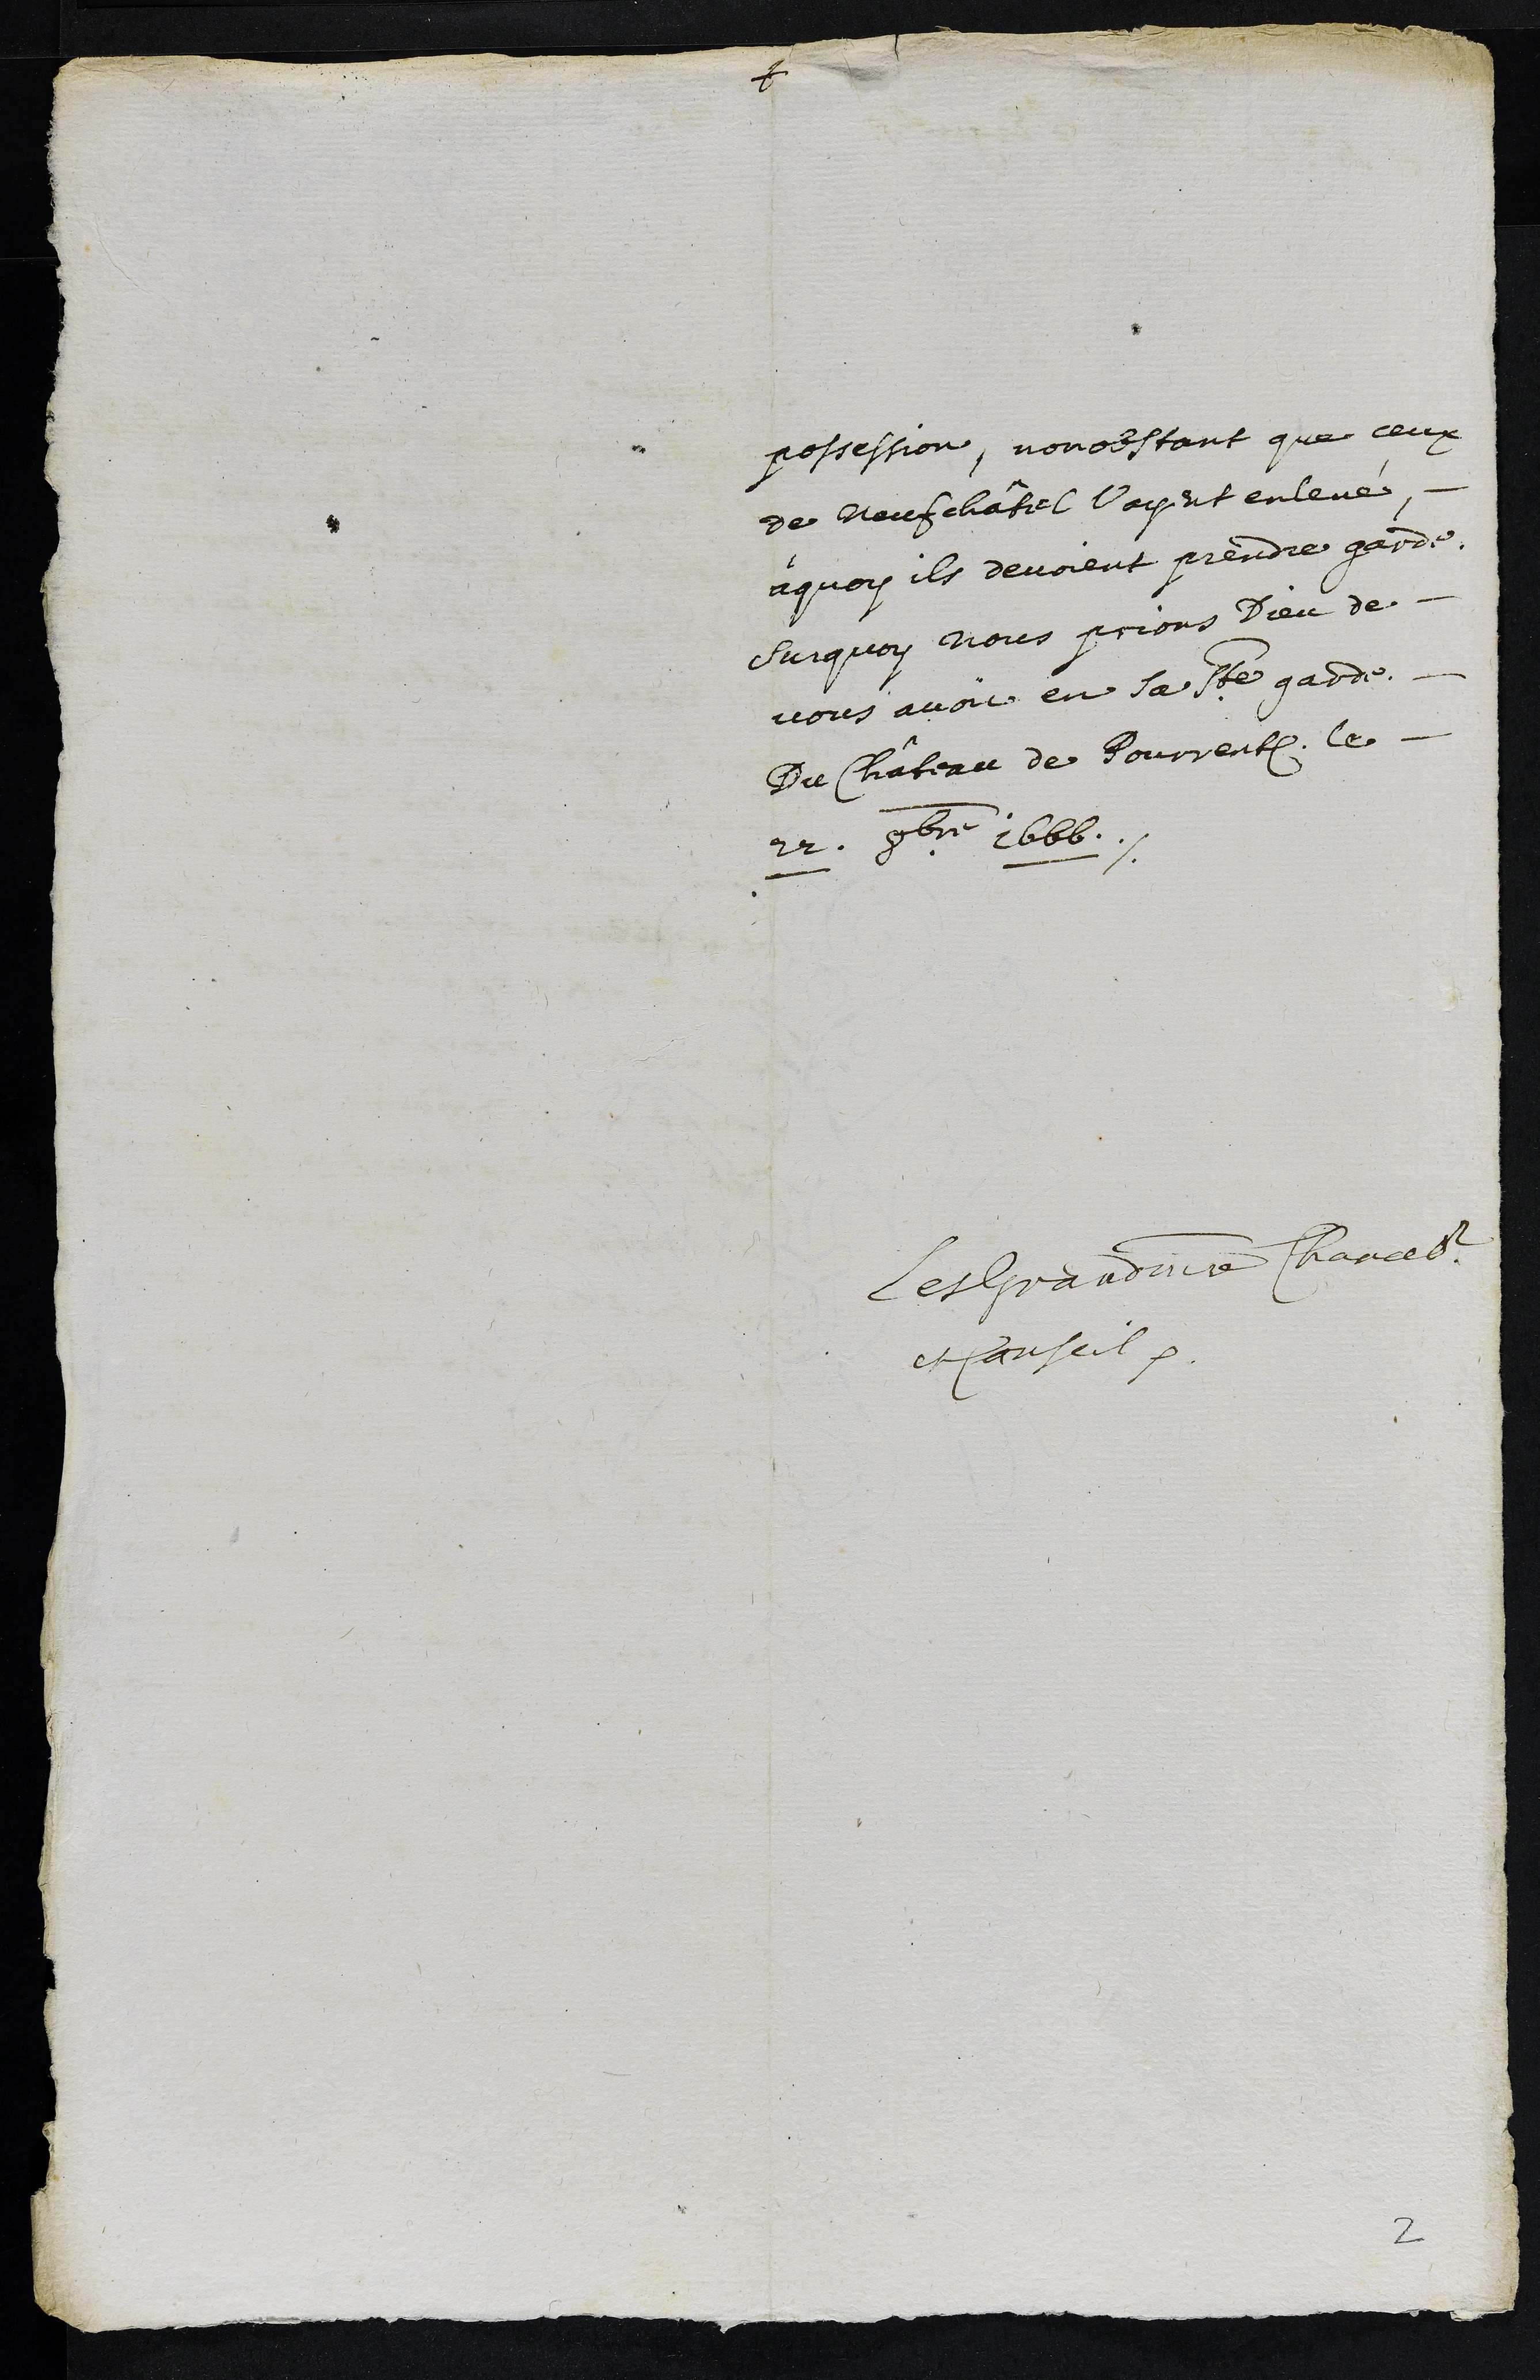
possession, nonobstant que ceux
de Neufchâtel l’ayent enlevé,
à quoy ils devoient prendre garde.
Surquoy nous prions Dieu de
vous avoir en Ste garde.
Du Château de Pourrentruy, le
22. 8bre 1666.
Les Grandmaistre Chancelier
et Conseil
2